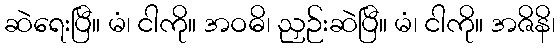
ဆဲရေးပြီ။ မံ၊ ငါကို။ အဝဓိ၊ ညှဉ်းဆဲပြီ။ မံ၊ ငါကို။ အဇိနိ၊